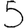
Digit: 5